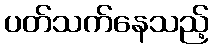
ပတ်သက်နေသည့်